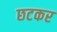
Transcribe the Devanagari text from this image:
छटकर